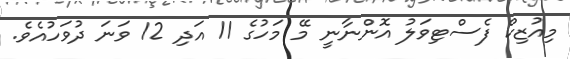
މިއުޒިކް ފެސްޓިވަލު އޮންނާނީ މޭ މަހުގެ 11 އަދި 12 ވަނަ ދުވަހުއެވެ.